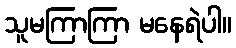
သူမကြာကြာ မနေရဲပါ။